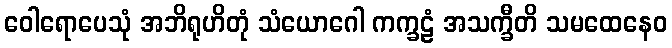
ဝေါရောပေသုံ အဘိရုဟိတုံ သံယောဂေါ ကက္ခဠံ အသက္ခီတိ သမထေနေဝ